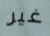
غير